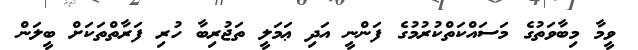
ވީމާ މިބާވަތުގެ މަސައްކަތްކުރުމުގެ ފަންނީ އަދި ޢަމަލީ ތަޖުރިބާ ހުރި ފަރާތްތަކަށް ބީލަން